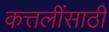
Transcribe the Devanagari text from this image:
कत्तलींसाठी